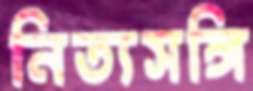
নিত্যসঙ্গি